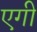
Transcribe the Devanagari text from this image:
एगी